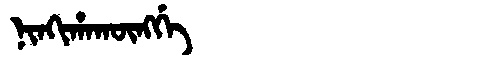
Manchu: ᠨᡳᠨᡴᡳᡥᠠᡴᡡᠩᡤᡝ
Romanization: NINKIHAKŪNGGE